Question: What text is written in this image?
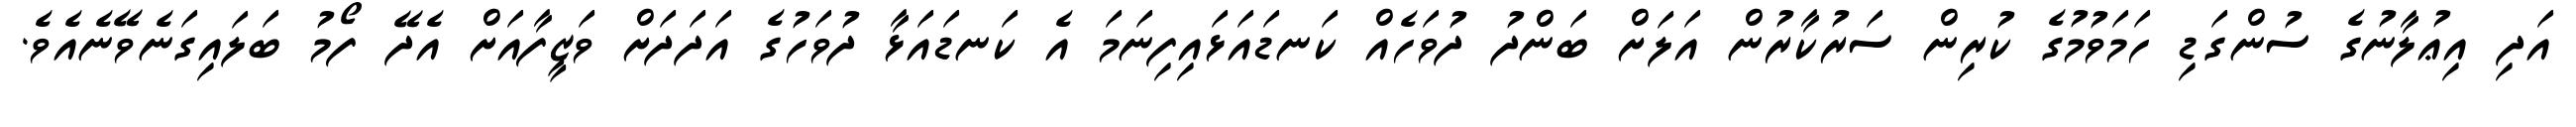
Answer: އަދި އިޢުލާނުގެ ސުންގަޑި ހަމަވުމުގެ ކުރިން ސަރުކާރުން އަލަށް ބަންދު ދުވަހެއް ކަނޑައަޅައިފިނަމަ އެ ކަނޑައަޅާ ދުވަހުގެ އަދަދަށް ވަޒީފާއަށް އެދޭ ފޯމު ބަލައިގަނެވޭނެއެވެ.